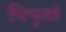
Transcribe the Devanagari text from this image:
पिपृतां